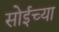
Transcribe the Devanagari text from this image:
सोईच्या